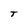
Character: T